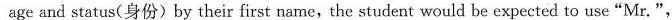
age and status(身份)by their first name,the student would be expected to use"Mr. ",